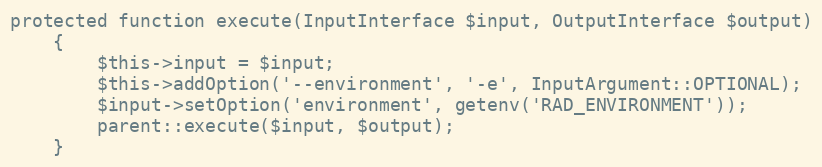
Language: PHP
protected function execute(InputInterface $input, OutputInterface $output)
    {
        $this->input = $input;
        $this->addOption('--environment', '-e', InputArgument::OPTIONAL);
        $input->setOption('environment', getenv('RAD_ENVIRONMENT'));
        parent::execute($input, $output);
    }